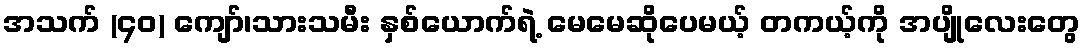
အသက် (၄၀) ကျော်၊သားသမီး နှစ်ယောက်ရဲ့ မေမေဆိုပေမယ့် တကယ့်ကို အပျိုလေးတွေ